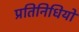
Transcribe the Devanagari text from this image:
प्रतिनिधियो